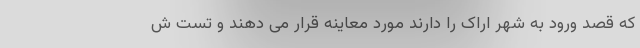
که قصد ورود به شهر اراک را دارند مورد معاینه قرار می دهند و تست ش